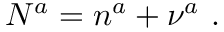
N ^ { a } = n ^ { a } + \nu ^ { a } ~ .